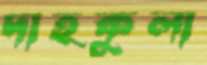
দাহকুলা